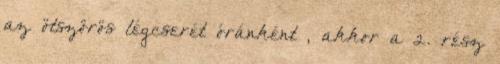
az ötszörös légcserét óránként , akkor a 2. rész